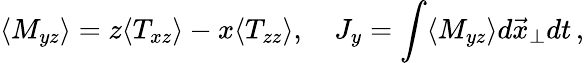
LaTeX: \langle M_{yz}\rangle=z\langle T_{xz}\rangle-x\langle T_{zz}\rangle,\quad J_{y}=\int\langle M_{yz}\rangle d\vec{x}_{\perp}dt\, ,